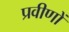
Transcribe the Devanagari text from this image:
प्रवीणों